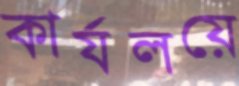
কার্যলয়ে